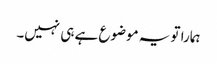
ہمارا تو یہ موضوع ہے ہی نہیں۔